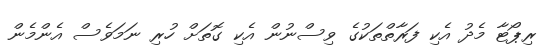
ރިޕޯޓާ މެދު އެކި ފަރާތްތަކުގެ ވިސްނުން އެކި ގޮތަށް ހުރި ނަމަވެސް އެންމެން